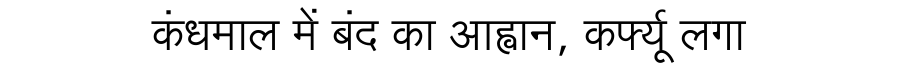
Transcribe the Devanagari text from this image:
कंधमाल में बंद का आह्वान, कर्फ्यू लगा